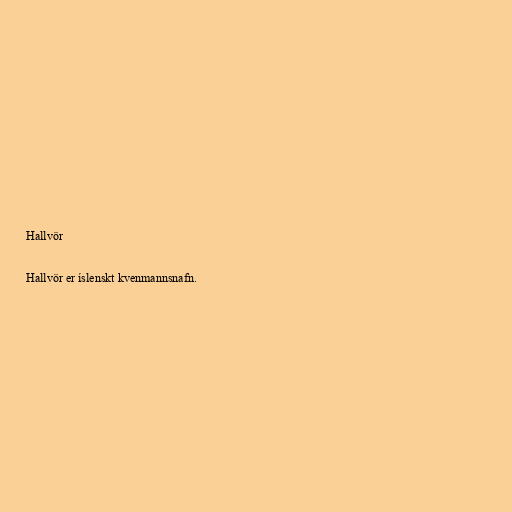
Hallvör

Hallvör er íslenskt kvenmannsnafn.